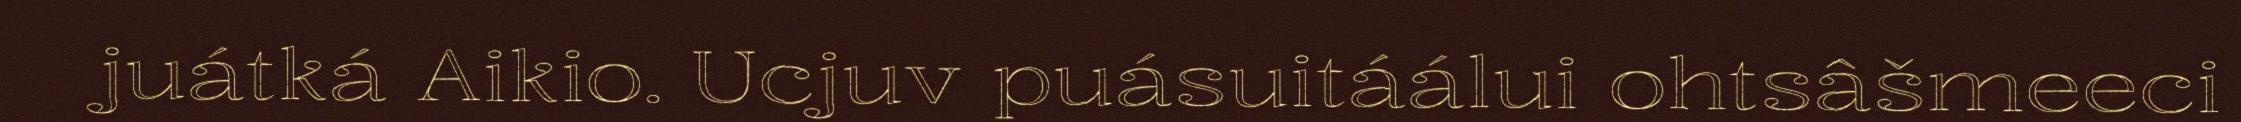
juátká Aikio. Ucjuv puásuitáálui ohtsâšmeeci